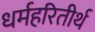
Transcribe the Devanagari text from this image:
धर्महरितीर्थ